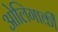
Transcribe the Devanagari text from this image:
ओलिगार्की